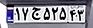
۱۷ج۵۲۵۴۳